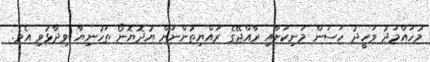
މުހައްމަދު ވަހީދު ހަސަން މަނިކަށާއި ރާއްޖޭގެ ރައްޔިތުންނަށް ޔުދޮޔޮނޯ ތަހުނިޔާ ވިދާޅުވި އެވެ.